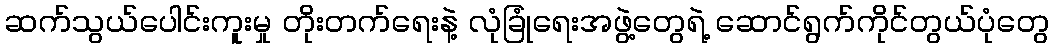
ဆက်သွယ်ပေါင်းကူးမှု တိုးတက်ရေးနဲ့ လုံခြုံရေးအဖွဲ့တွေရဲ့ ဆောင်ရွက်ကိုင်တွယ်ပုံတွေ